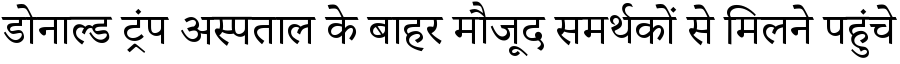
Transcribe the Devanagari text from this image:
डोनाल्ड ट्रंप अस्पताल के बाहर मौजूद समर्थकों से मिलने पहुंचे